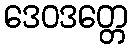
ဒေဝဒတ္တေ